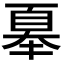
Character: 𭑜